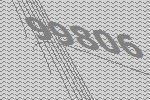
99806